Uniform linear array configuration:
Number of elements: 24
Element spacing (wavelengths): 0.5
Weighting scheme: hamming
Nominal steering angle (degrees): -30
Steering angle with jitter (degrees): -31.647
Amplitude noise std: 0.05
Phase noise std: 0.05

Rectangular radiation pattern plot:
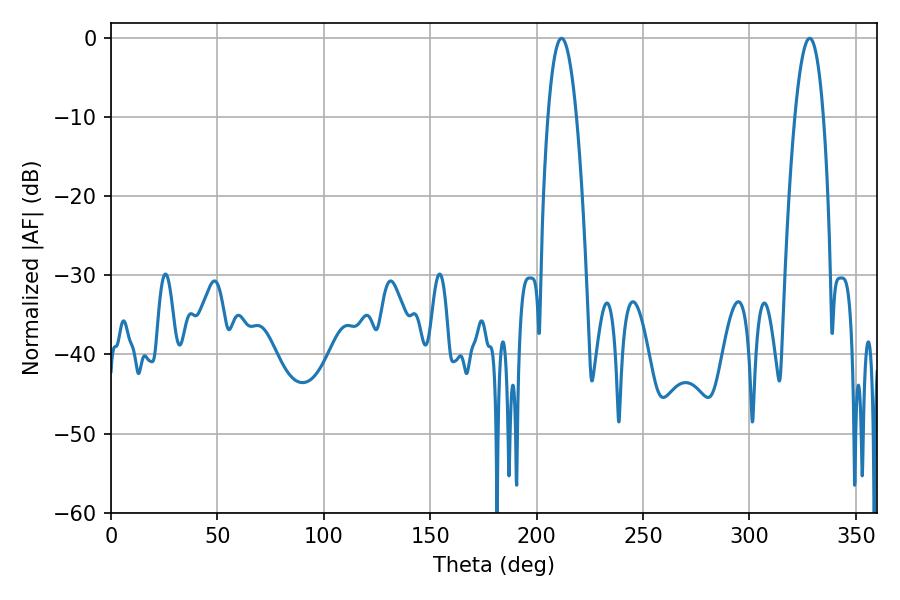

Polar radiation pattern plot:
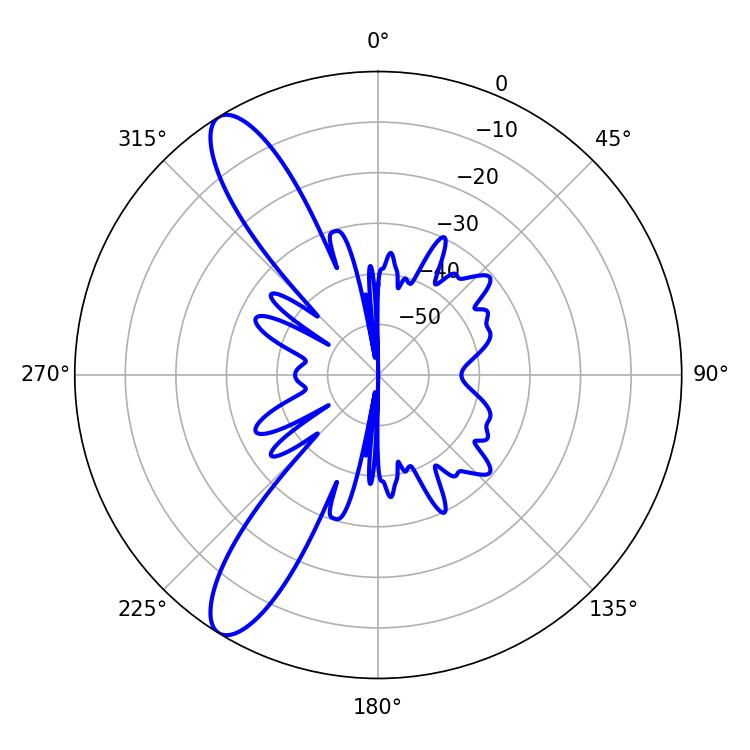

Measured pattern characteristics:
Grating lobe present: FALSE
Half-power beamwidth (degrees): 7.38
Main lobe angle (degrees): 211.68